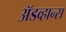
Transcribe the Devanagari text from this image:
अॅडव्हान्स